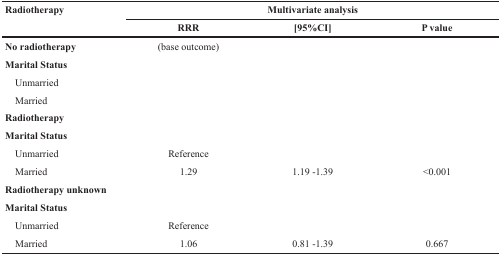
| <ROWSPAN=2> Radiotherapy | <COLSPAN=3> Multivariate analysis |
 | RRR | [95%CI] | P value |
 | --- | --- | --- | --- |
 | No radiotherapy | (base outcome) |  |  |
 | Marital Status |  |  |  |
 | Unmarried |  |  |  |
 | Married |  |  |  |
 | Radiotherapy |  |  |  |
 | Marital Status |  |  |  |
 | Unmarried | Reference |  |  |
 | Married | 1.29 | 1.19-1.39 | <0.001 |
 | Radiotherapy unknown |  |  |  |
 | Marital Status |  |  |  |
 | Unmarried | Reference |  |  |
 | Married | 1.06 | 0.81-1.39 | 0.667 |